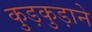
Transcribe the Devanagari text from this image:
कुड़कुड़ाने